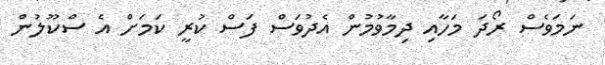
ނަމަވެސް ރޯދަ މަހާއި ދިމާވުމުން އެދުވަސް ފަސް ކުރީ ކަމަށް އެ ސްކޫލުން